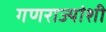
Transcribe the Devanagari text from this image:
गणराज्यांशी